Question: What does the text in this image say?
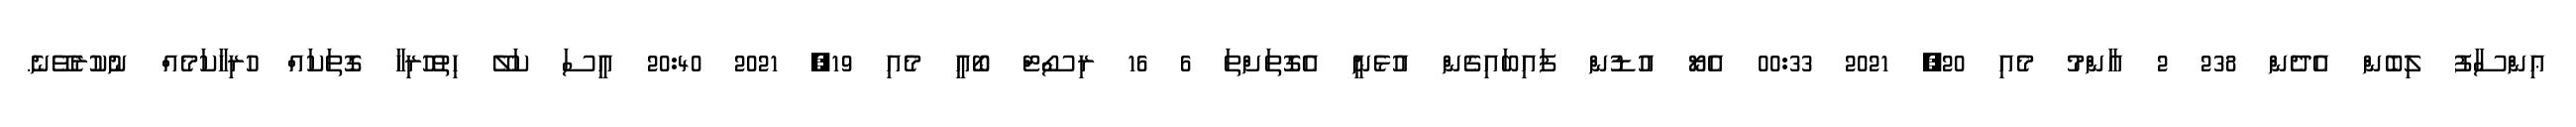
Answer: ޢިންސާފު ލިބެން އެދެން 238 2 އާންމު މެއި 20, 2021 00:33 އެޔޯ އުޑުން ފައިބައިގެން އުޅެނީ އެގޮތަށްތަ 6 16 ރިސޯޓް ބޯއީ މެއި 19, 2021 20:40 އީސަ ކަލޭ ހިތުހުރިހާ ގޮތަކައް ހުރިހާކަމެއް ނުކުރެވޭނެ.